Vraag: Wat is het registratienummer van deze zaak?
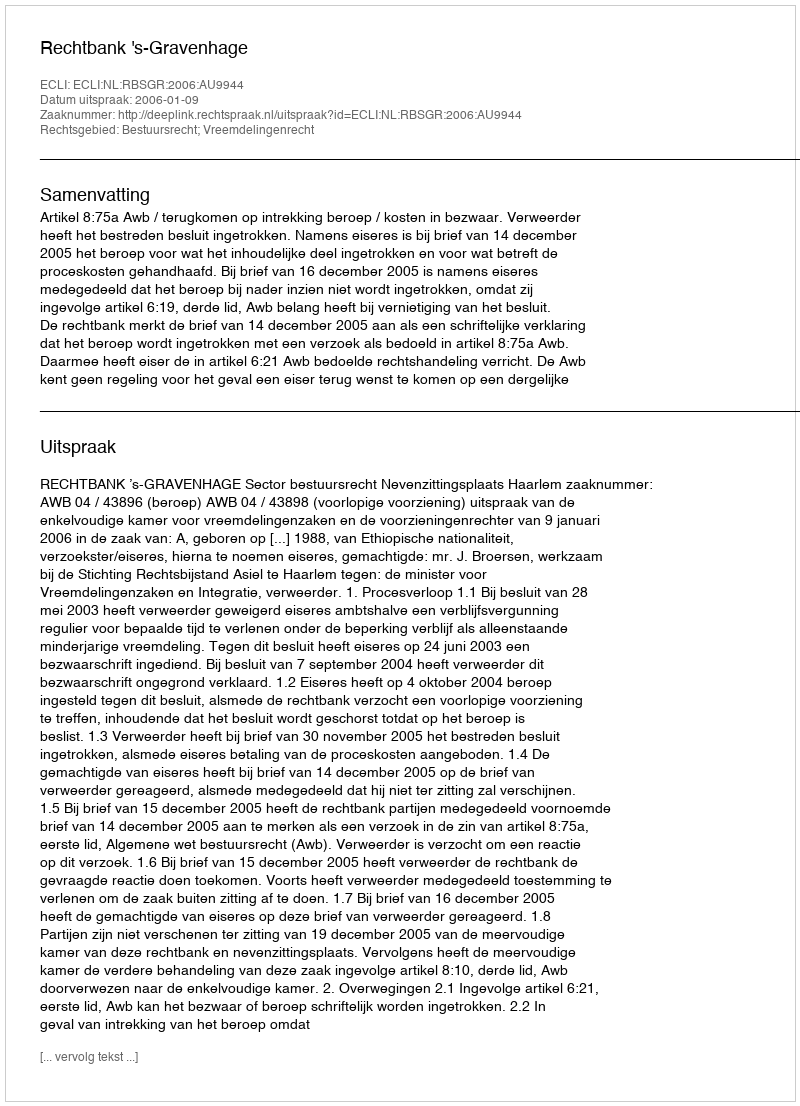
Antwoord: http://deeplink.rechtspraak.nl/uitspraak?id=ECLI:NL:RBSGR:2006:AU9944